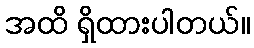
အထိ ရှိထားပါတယ်။